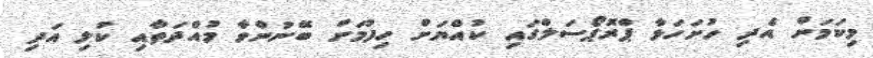
މިކަމަށް އެދި ހުށަހަޅާ ޕްރޮޕޯސަލްގައި ކުއްޔަށް ހިފުމަށް ބޭނުންވާ މުއްދަތާއި ކުލި އަދި